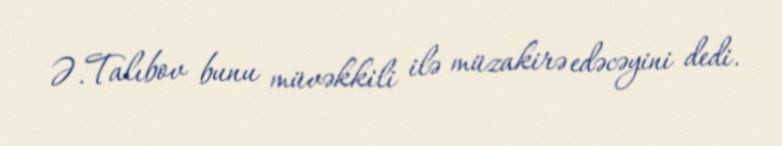
Ə.Talıbov bunu müvəkkili ilə müzakirə edəcəyini dedi.